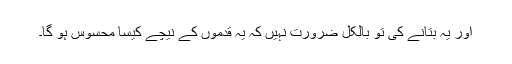
اور یہ بتانے کی تو بالکل ضرورت نہیں کہ یہ قدموں کے نیچے کیسا محسوس ہو گا۔